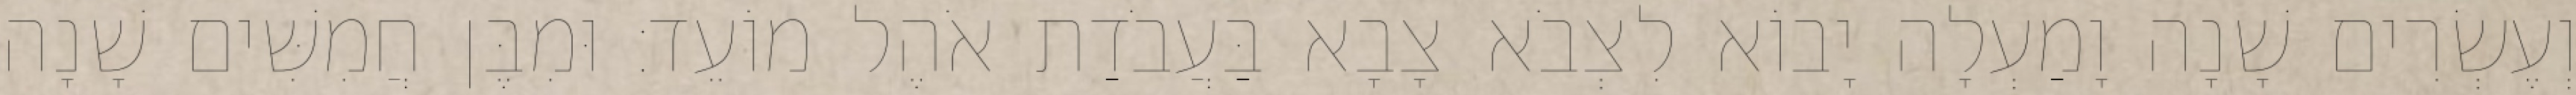
וְעֶשְׂרִים שָׁנָה וָמַעְלָה יָבוֹא לִצְבֹא צָבָא בַּעֲבֹדַת אֹהֶל מוֹעֵד׃ וּמִבֶּן חֲמִשִּׁים שָׁנָה